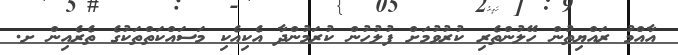
އާއްމު ރައްޔިތުން ހޭލުންތެރި ކުރުވުމަށް ފުލުހުން ކުރަމުންދާ އެކިއެކި މަސައްކަތްތަކުގެ ތެރެއިން ށ.